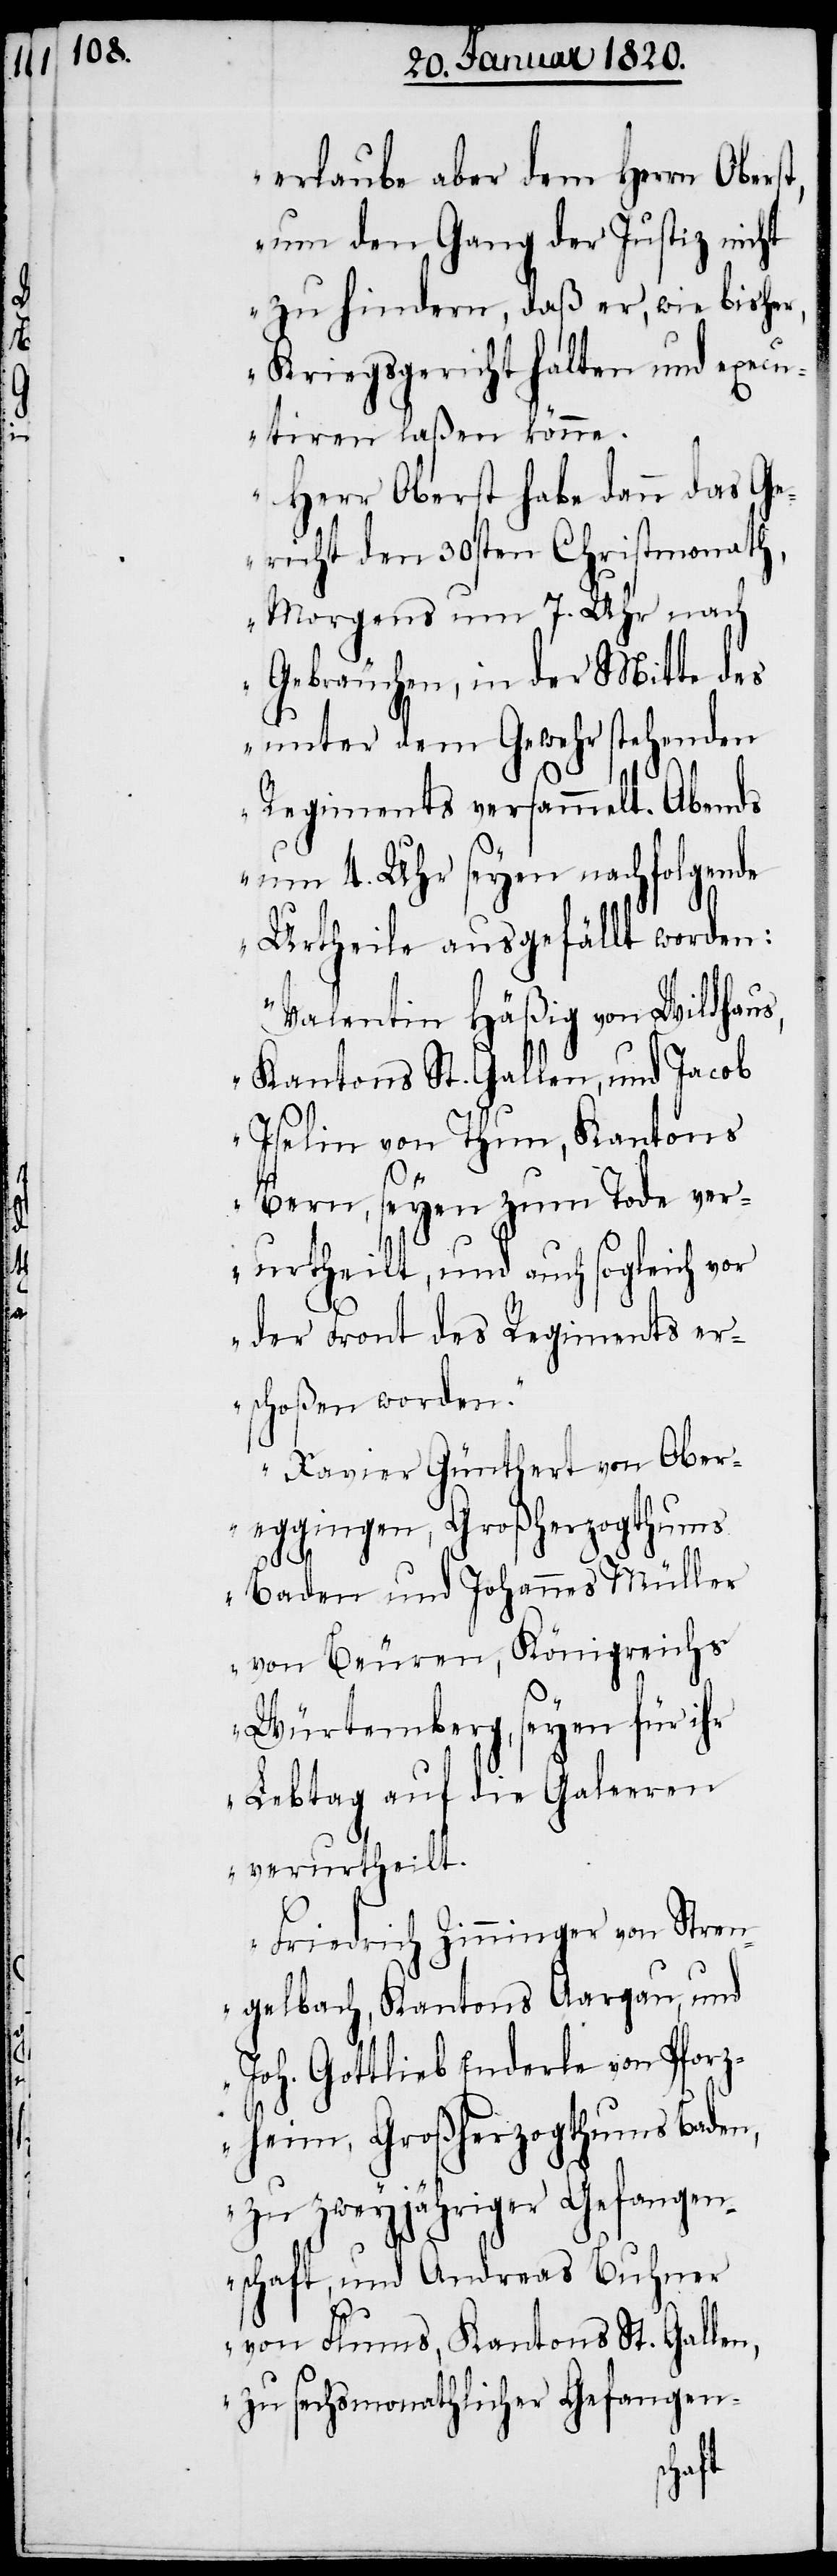
t,

erlaube aber dem Herrn Obers¬
um den Gang der Justiz nicht
zu hindern, daß er, wie bisher,
Kriegsgericht halten und execu¬
tiren laßen könne.
Herr Oberst habe dann das Ge¬
richt den 30sten Christmonath,
Morgens um 7. Uhr nach
Gebräuchen, in der Mitte des
unter dem Gewehr stehenden
Regiments versammelt. Abends
um 4. Uhr seyen nachfolgende
Urtheile ausgefällt worden:
Valentin Häßig von Wildhaus,
Kantons St. Gallen, und Jacob
Iselin von Thun, Kantons
Bern, seyen zum Tode ver¬
urtheilt, und auch sogleich vor
der Front des Regiments er¬
schoßen worden.“
„Xavier Günthert von Ober¬
eggingen, Großherzogthums
Baden und Johannes Müller
von Beuren, Königreichs
Würtemberg, seyen für ihr
Lebtag auf die Galeeren
verurtheilt.
Friedrich Zinninger von Stren¬
gelbach, Kantons Aargau, und
Joh. Gottlieb Enderle von Pforz¬
heim, Großherzogthums Baden,
zu zweyjähriger Gefangen¬
schaft, und Andreas Buhner
von Flums, Kantons St. Gallen,
zu sechsmonathlicher Gefangen-